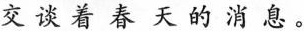
交谈着春天的消息。